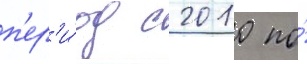
п'ер'и́од с 2010 по́